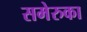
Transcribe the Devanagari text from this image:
समेरुका